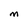
Character: m